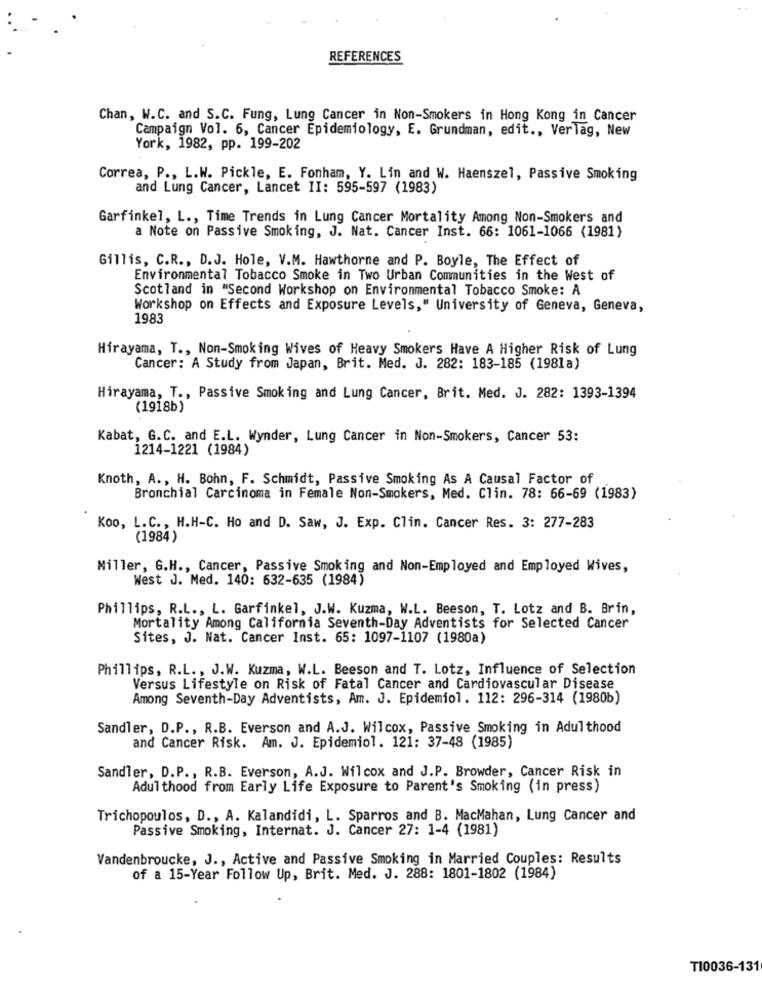
REFERENCES
Chan, W.C. and S.C. Fung, Lung Cancer in Non-Smokers in Hong Kong in Cancer
Campaign Vol. 6, Cancer Epidemiology, E. Grundman, edit ., Verlag, New
York, 1982, pp. 199-202
Correa, P ., L.W. Pickle, E. Fonham, Y. Lin and W. Haenszel, Passive Smoking
and Lung Cancer, Lancet II: 595-597 (1983)
Garfinkel, L ., Time Trends in Lung Cancer Mortality Among Non-Smokers and
a Note on Passive Smoking, J. Nat. Cancer Inst. 66: 1061-1066 (1981)
Gillis, C.R ., D.J. Hole, V.M. Hawthorne and P. Boyle, The Effect of
Environmental Tobacco Smoke in Two Urban Communities in the West of
Scotland in "Second Workshop on Environmental Tobacco Smoke: A
Workshop on Effects and Exposure Levels," University of Geneva, Geneva,
1983
Hirayama, T ., Non-Smoking Wives of Heavy Smokers Have A Higher Risk of Lung
Cancer: A Study from Japan, Brit. Med. J. 282: 183-185 (1981a)
Hirayama, T ., Passive Smoking and Lung Cancer, Brit. Med. J. 282: 1393-1394
(1918b)
Kabat, G.C. and E.L. Wynder, Lung Cancer in Non-Smokers, Cancer 53:
1214-1221 (1984)
Knoth, A ., H. Bohn, F. Schmidt, Passive Smoking As A Causal Factor of
Bronchial Carcinoma in Female Non-Smokers, Med. Clin. 78: 66-69 (1983)
Koo, L.C ., H.H-C. Ho and D. Saw, J. Exp. Clin. Cancer Res. 3: 277-283
(1984)
Miller, G.H ., Cancer, Passive Smoking and Non-Employed and Employed Wives,
West J. Med. 140: 632-635 (1984)
Phillips, R.L ., L. Garfinkel, J.W. Kuzma, W.L. Beeson, T. Lotz and B. Brin,
Mortality Among California Seventh-Day Adventists for Selected Cancer
Sites, J. Nat. Cancer Inst. 65: 1097-1107 (1980a)
Phillips, R.L ., J.W. Kuzma, W.L. Beeson and T. Lotz, Influence of Selection
Versus Lifestyle on Risk of Fatal Cancer and Cardiovascular Disease
Among Seventh-Day Adventists, Am. J. Epidemiol. 112: 296-314 (1980b)
Sandler, D.P ., R.B. Everson and A.J. Wilcox, Passive Smoking in Adulthood
and Cancer Risk. Am. J. Epidemiol. 121: 37-48 (1985)
Sandler, D.P ., R.B. Everson, A.J. Wilcox and J.P. Browder, Cancer Risk in
Adulthood from Early Life Exposure to Parent's Smoking (in press)
Trichopoulos, D ., A. Kalandidi, L. Sparros and B. MacMahan, Lung Cancer and
Passive Smoking, Internat. J. Cancer 27: 1-4 (1981)
Vandenbroucke, J ., Active and Passive Smoking in Married Couples: Results
of a 15-Year Follow Up, Brit. Med. J. 288: 1801-1802 (1984)
TI0036-131